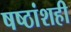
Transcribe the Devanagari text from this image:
षष्ठांशही